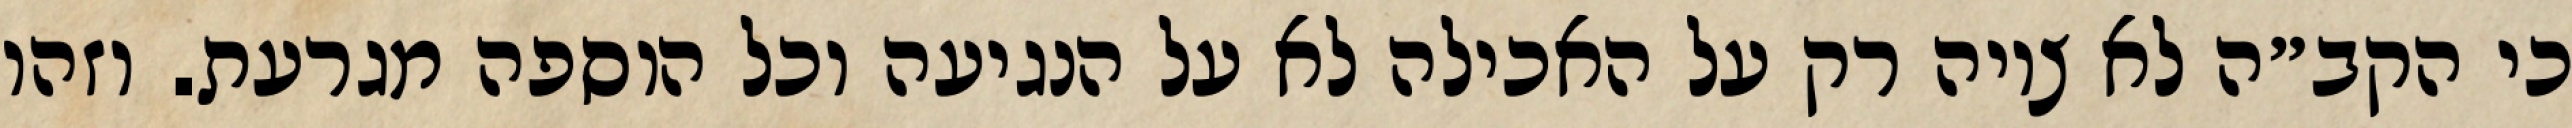
כי הקב״ה לא ציוה רק על האכילה לא על הנגיעה וכל הוספה מגרעת. וזהו